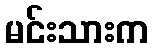
မင်းသားက